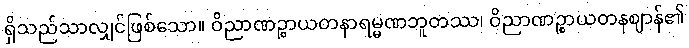
ရှိသည်သာလျှင်ဖြစ်သော။ ဝိညာဏဉ္စာယတနာရမ္မဏဘူတဿ၊ ဝိညာဏဉ္စာယတနဈာန်၏